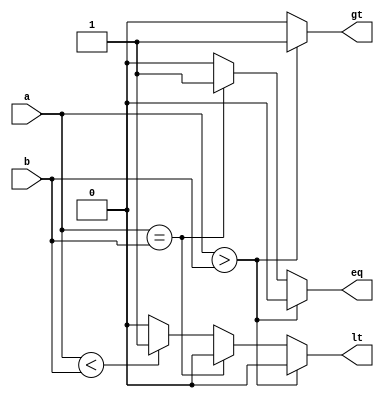
`timescale 1ns / 1ps

//////////////////////////////////////////////////////////////////////////////////
// Comp.v
//
// Created for Dr. Akoglu's Reconfigurable Computing Lab
//  at the University of Arizona
// 
// A simple comparator.
//////////////////////////////////////////////////////////////////////////////////

module Comp #(
    parameter DATA_WIDTH = 8
)(
    input signed [DATA_WIDTH-1:0] a,
    input signed [DATA_WIDTH-1:0] b,
    output reg gt,
    output reg eq,
    output reg lt
);    
    always@(*) begin
        if(a > b) begin
            gt = 1;
            lt = 0;
            eq = 0;
        end
        else if(a == b) begin
            gt = 0;
            lt = 0;
            eq = 1;
        end
        else if(a < b) begin
            gt = 0;
            lt = 1;
            eq = 0;
        end
        else begin
            gt = 0;
            lt = 0;
            eq = 0;
        end
    end
endmodule